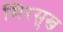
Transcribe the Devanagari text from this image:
सिरसुख